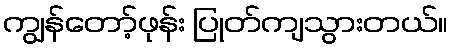
ကျွန်တော့်ဖုန်း ပြုတ်ကျသွားတယ်။